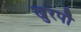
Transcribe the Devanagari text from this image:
खुरपौ